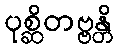
ပုစ္ဆိတဗ္ဗန္တိ